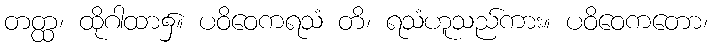
တတ္ထ၊ ထိုဂါထာ၌။ ပဝိဝေကရသံ တိ၊ ရသံဟူသည်ကား။ ပဝိဝေကတော၊